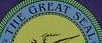
THE CREAT SEAL